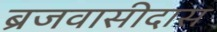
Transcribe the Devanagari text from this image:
ब्रजवासीदास